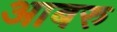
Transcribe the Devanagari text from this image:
आबरु